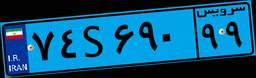
۷۴S۶۹۰۹۹